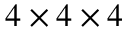
4 \times 4 \times 4